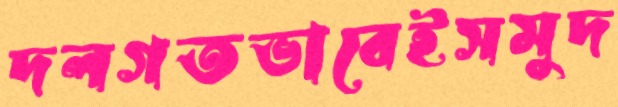
দলগতভাবেইসমুদ